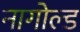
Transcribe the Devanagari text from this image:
नागोल्ड